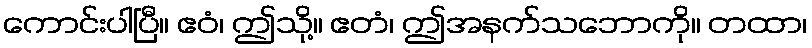
ကောင်းပါပြီ။ ဧဝံ၊ ဤသို့။ ဧတံ၊ ဤအနက်သဘောကို။ တထာ၊